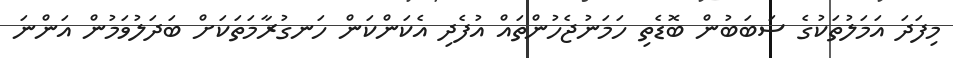
މިފަދަ އަމަލުތަކުގެ ސަބަބުން ބޮޑެތި ހަމަނުޖެހުންތައް އުފެދި އެކަންކަން ހަނގުރާމަތަކަށް ބަދަލުވަމުން އަންނަ